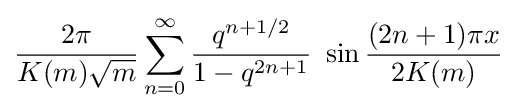
{\frac {2\pi }{K(m){\sqrt {m}}}}\sum _{n=0}^{\infty }{\frac {q^{n+1/2}}{1-q^{2n+1}}}~\sin {\frac {(2n+1)\pi x}{2K(m)}}